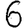
Digit: 6